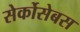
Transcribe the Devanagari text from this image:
सेर्कोसेबस